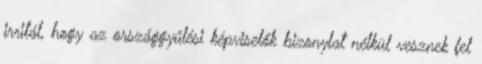
irritál, hogy az országgyűlési képviselők bizonylat nélkül vesznek fel